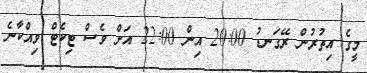
މީގެ އިތުރުން ރޭގަނޑު 20:00 އިން 22:00 އަށް ވެސް ޓިކެޓް ވިއްކާނެ